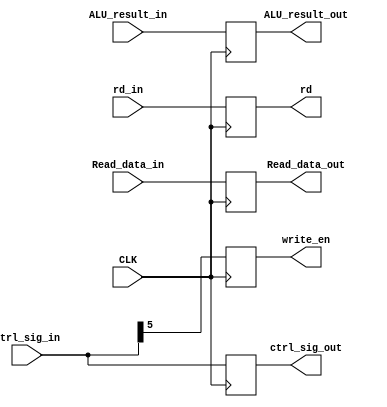
`timescale 1ns / 1ps
//////////////////////////////////////////////////////////////////////////////////
// Company: 
// Engineer: 
// 
// Design Name: 
// Module Name:    IM_IW 
// Project Name: 
// Target Devices: 
// Tool versions: 
// Description: 
//
// Dependencies: 
//
// Revision: 
// Revision 0.01 - File Created
// Additional Comments: 
//
//////////////////////////////////////////////////////////////////////////////////
module IM_IW(CLK,Read_data_in,ALU_result_in,ctrl_sig_in,rd_in,Read_data_out,ALU_result_out,ctrl_sig_out,write_en,rd);
input [31:0] Read_data_in,ALU_result_in;
input [8:0] ctrl_sig_in;
input CLK;
input [4:0] rd_in;
output reg[31:0] Read_data_out,ALU_result_out;
output reg[8:0] ctrl_sig_out;
output reg write_en;
output reg [4:0] rd;
always@(posedge CLK)
	if(CLK)
	begin
		Read_data_out <= Read_data_in;
		ALU_result_out <= ALU_result_in;
		ctrl_sig_out <= ctrl_sig_in;
		write_en <= ctrl_sig_in[5];
		rd <= rd_in;
	end
endmodule